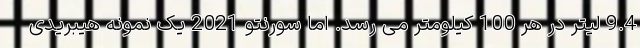
9.4 لیتر در هر 100 کیلومتر می رسد. اما سورنتو 2021 یک نمونه هیبریدی